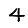
Digit: 4